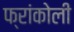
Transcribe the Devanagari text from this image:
फ्रांकोली